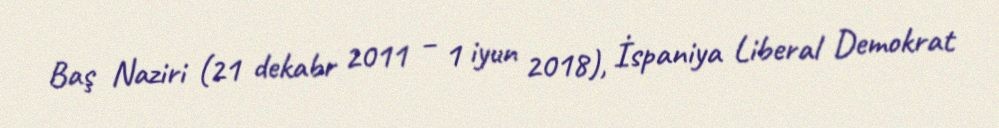
Baş Naziri (21 dekabr 2011 – 1 iyun 2018), İspaniya Liberal Demokrat